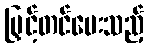
မြှင့်တင်ပေးသည့်